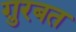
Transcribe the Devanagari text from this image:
ग़ुरबत